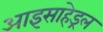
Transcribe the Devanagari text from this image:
आइसाहेड्रल